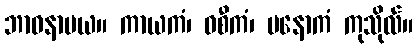
ဘာဝနာမယ။ ကာယကံ၊ ဝစီကံ၊ မနောကံ ကုသိုလ်။